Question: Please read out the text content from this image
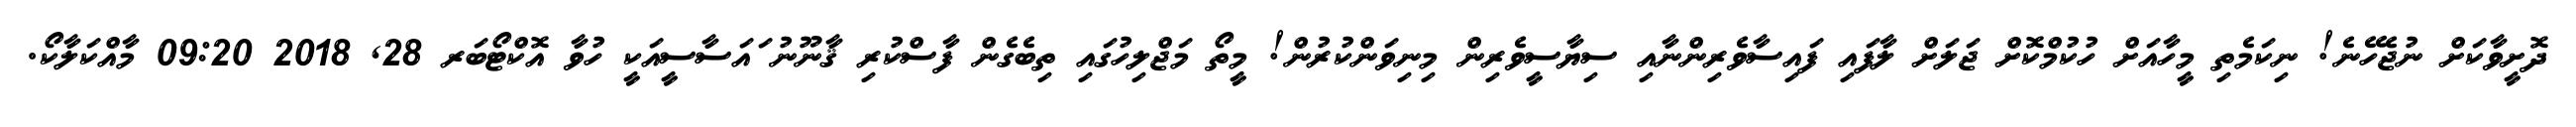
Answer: ދޮށީވާކަށް ނުޖެހޭނެ! ނިކަމެތި މީހާއަށް ހުކުމްކޮށް ޖަލަށް ލާފައި ފައިސާވެރިންނާއި ސިޔާސީވެރިން މިނިވަންކުރުން! މީތޯ މަޖްލިހުގައި ތިބެގެން ފާސްކުރި ޤާނޫނު ައަސާސީއަކީ ހުވާ އޮކްޓޯބަރ 28, 2018 09:20 މާއްކަލާކޯ.